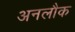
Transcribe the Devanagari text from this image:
अनलौक